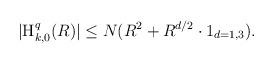
LaTeX: \begin{align*} |\textnormal{H}_{k,0}^{q}(R)| \leq N(R^2 + R^{d/2} \cdot 1_{d=1,3}).\end{align*}